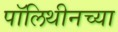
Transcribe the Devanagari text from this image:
पॉलिथीनच्या